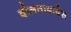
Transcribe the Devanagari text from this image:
दौलताबादेस